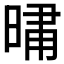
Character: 𭦦